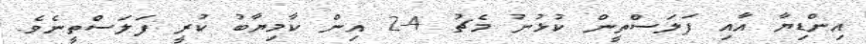
އިންޑިޔާ އާއި ފަލަސްތީން ކުޅުނު މެޗު 4-2 އިން ކާމިޔާބު ކުރީ ފަލަސްތީނެވެ.